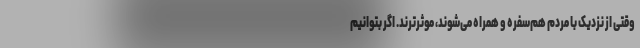
وقتی از نزدیک با مردم هم‌سفره و همراه می‌شوند، موثرترند. اگر بتوانیم